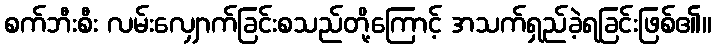
စက်ဘီးစီး လမ်းလျှောက်ခြင်းစသည်တို့ကြောင့် အသက်ရှည်ခဲ့ရခြင်းဖြစ်၏။